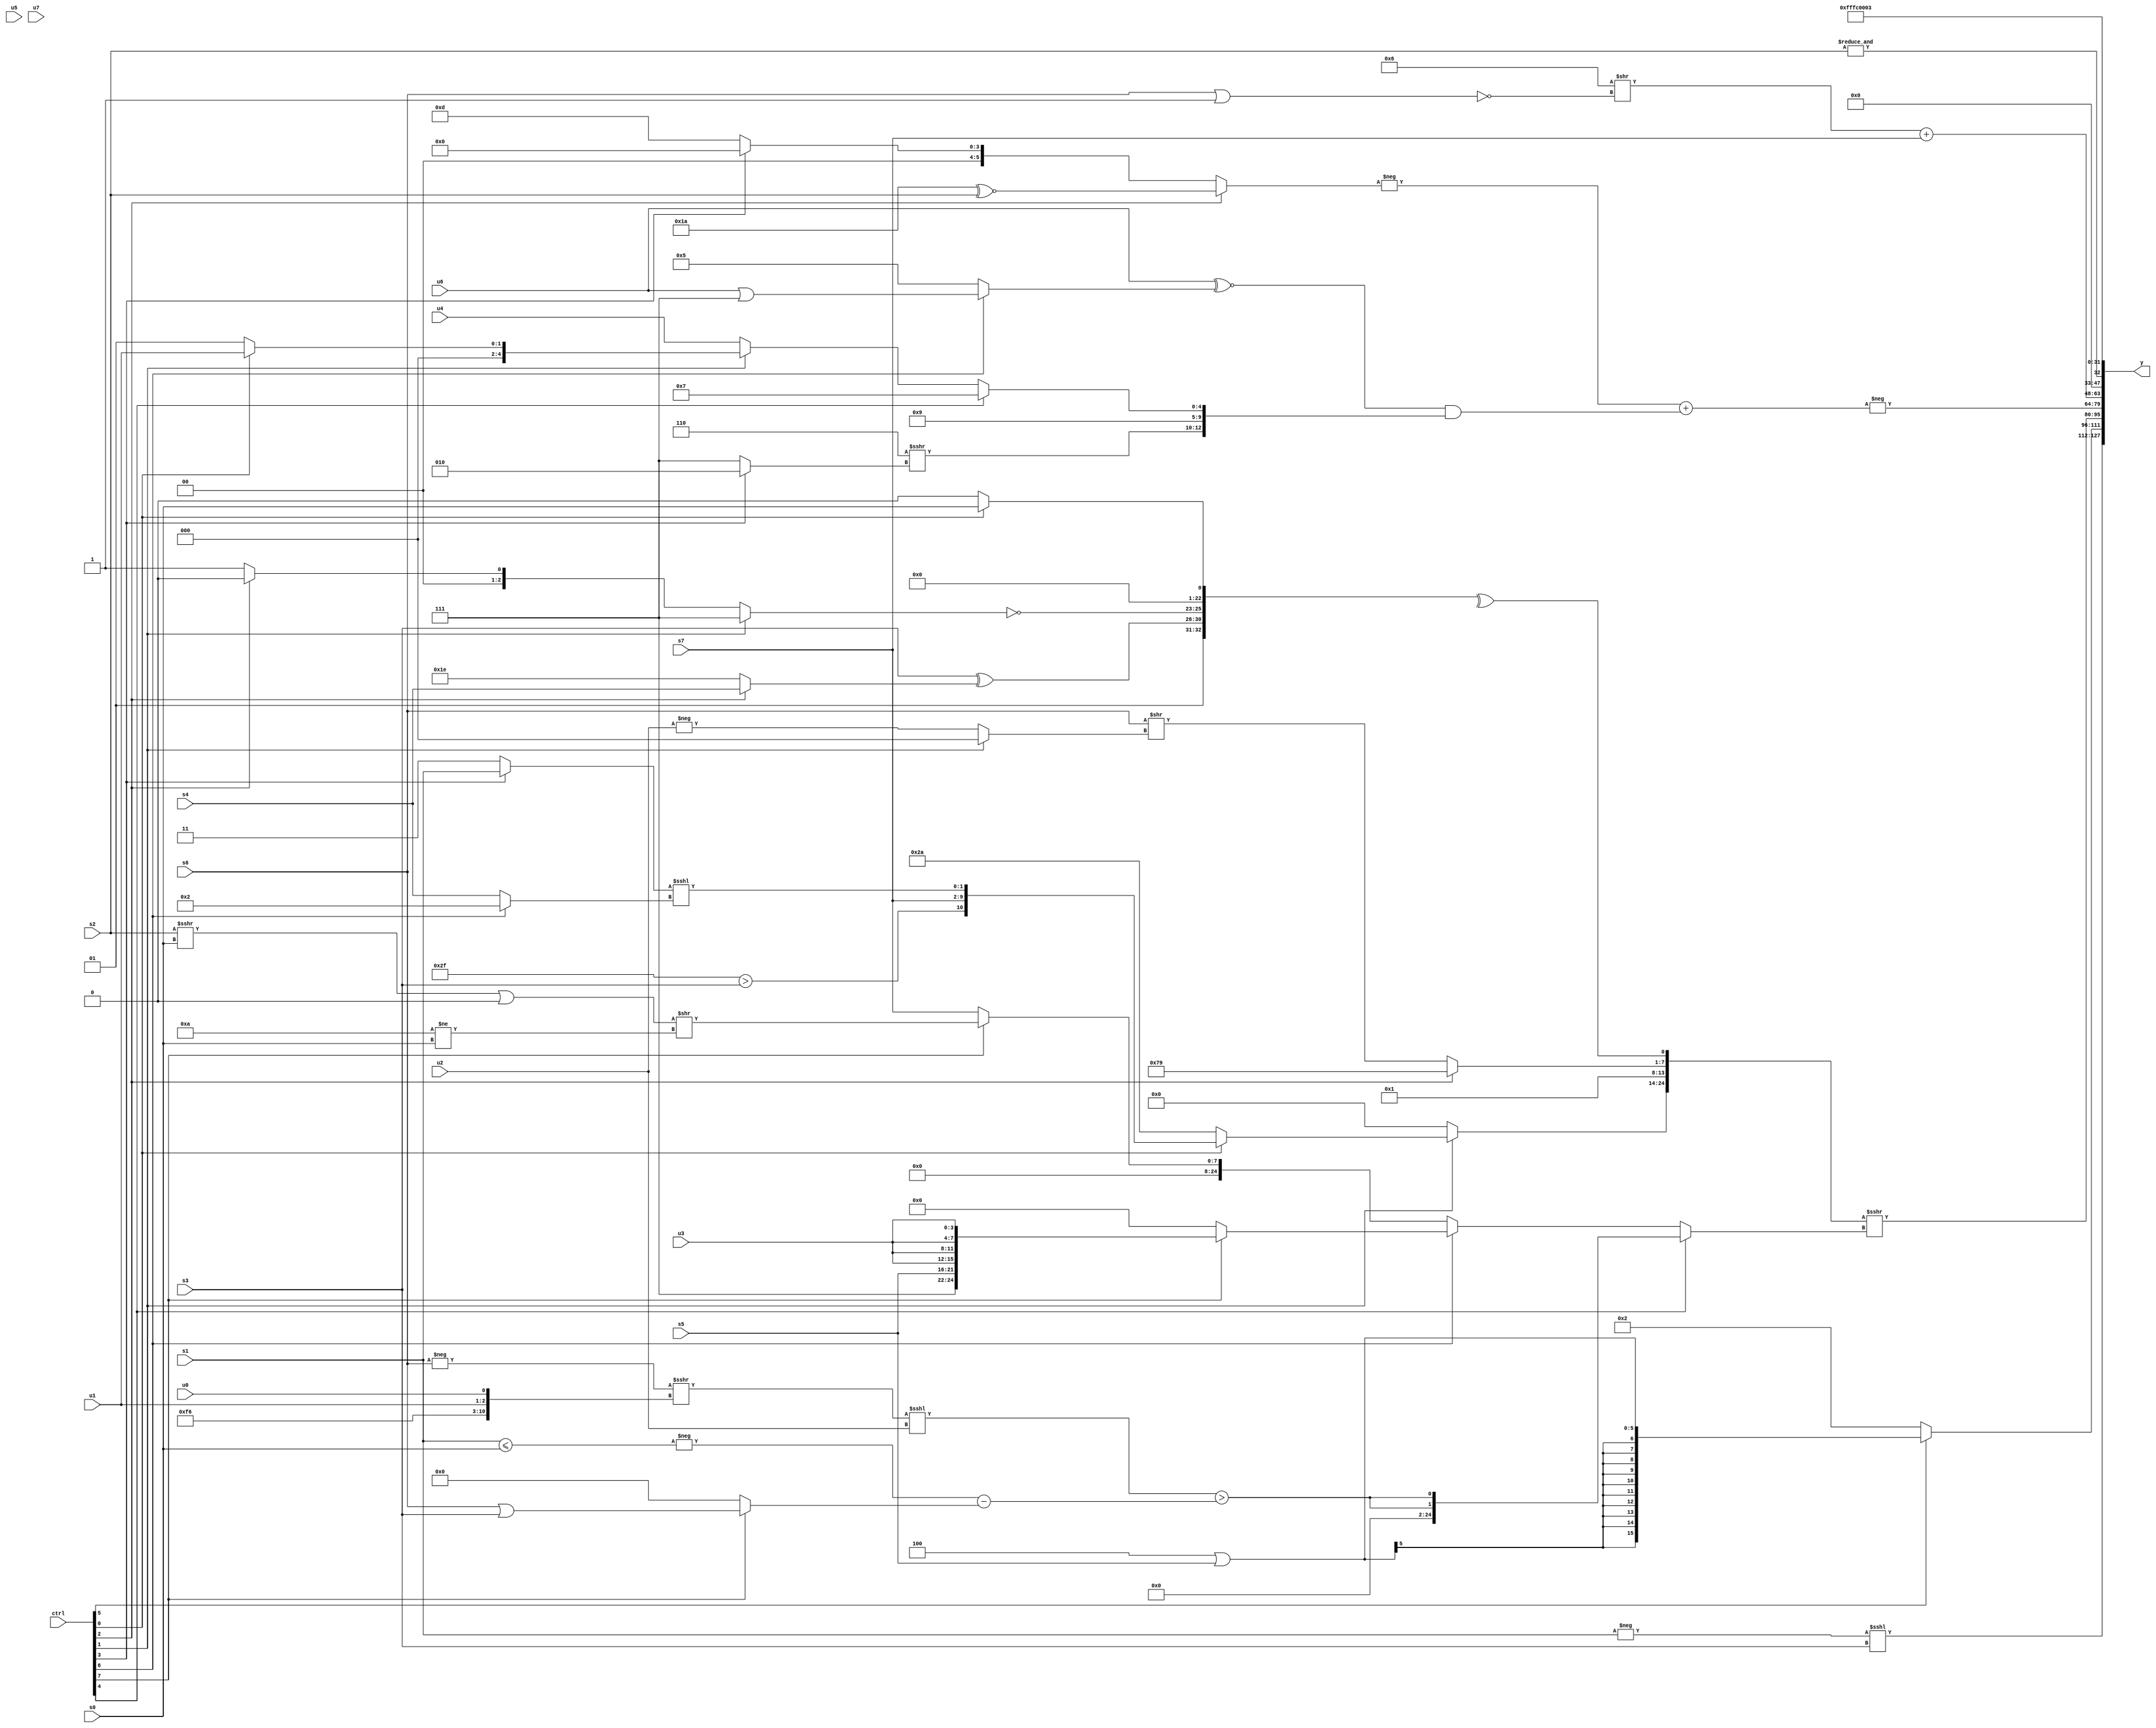
module wideexpr_00115(ctrl, u0, u1, u2, u3, u4, u5, u6, u7, s0, s1, s2, s3, s4, s5, s6, s7, y);
  input [7:0] ctrl;
  input [0:0] u0;
  input [1:0] u1;
  input [2:0] u2;
  input [3:0] u3;
  input [4:0] u4;
  input [5:0] u5;
  input [6:0] u6;
  input [7:0] u7;
  input signed [0:0] s0;
  input signed [1:0] s1;
  input signed [2:0] s2;
  input signed [3:0] s3;
  input signed [4:0] s4;
  input signed [5:0] s5;
  input signed [6:0] s6;
  input signed [7:0] s7;
  output [127:0] y;
  wire [15:0] y0;
  wire [15:0] y1;
  wire [15:0] y2;
  wire [15:0] y3;
  wire [15:0] y4;
  wire [15:0] y5;
  wire [15:0] y6;
  wire [15:0] y7;
  assign y = {y0,y1,y2,y3,y4,y5,y6,y7};
  assign y0 = (-({s1}))<<<(s3);
  assign y1 = (ctrl[5]?($signed(3'sb100))|(s5):3'sb010);
  assign y2 = ({(ctrl[1]?+((ctrl[0]?{($unsigned(6'sb101111))>(s3),s7,((ctrl[3]?s1:1'sb1))<<<((ctrl[6]?3'sb010:s4))}:{3{$unsigned(2'b10)}})):2'sb00),6'sb000001,(ctrl[2]?4'sb1001:(s6)>>((ctrl[1]?((+(u3))&((5'sb01000)^~(4'sb0001)))>>(5'sb00110):+($signed(-(u2)))))),^({2'sb01,(s3)^((ctrl[2]?s4:-(4'sb0010))),~((ctrl[1]?3'b111:(ctrl[2]?~&(1'sb1):|(5'sb10010)))),(ctrl[0]?(ctrl[0]?{1{s0}}:(ctrl[4]?2'sb10:{s7,6'sb110110,s6,2'sb10})):!(6'sb010101))})})>>>((ctrl[4]?+({2{(((-(s6))>>>({6'sb001111,4'sb0110,u1,u0}))<<<(u2))>((-((s1)<=(s0)))-((ctrl[7]?(s6)|(s3):3'sb000)))}}):(ctrl[6]?(ctrl[7]?(ctrl[7]?+({(1'b1)&(2'b11),2'sb11,s5,{4{u3}}}):6'sb100000):6'sb000000):$signed((ctrl[7]?(((s2)>>>(s0))|(2'sb00))>>($signed((5'sb11010)!=(s0))):s7)))));
  assign y3 = -(($unsigned($signed(-((ctrl[2]?(6'sb011010)^~(s2):(ctrl[3]?3'sb000:6'sb001101))))))+((+((u6)^~((ctrl[6]?(u6)|(3'b111):$unsigned(3'sb101)))))&({-(+((6'sb100111)>=(3'sb011))),(3'b110)>>>($signed((ctrl[3]?4'sb0010:5'sb00111))),5'sb01001,(ctrl[4]?$unsigned($signed(5'sb00111)):(ctrl[1]?(ctrl[0]?u1:1'sb1):u4))})));
  assign y4 = ((4'sb0110)>>(!((s6)|(1'sb1))))+(s7);
  assign y5 = +(&(s2));
  assign y6 = $signed(+($signed((1'sb1)^(5'sb00011))));
  assign y7 = 4'sb0011;
endmodule